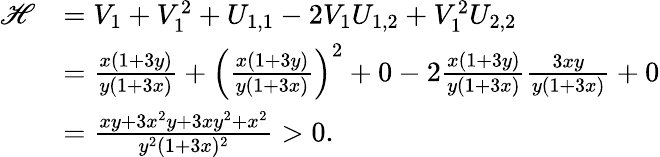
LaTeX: \begin{array}{rl}{\mathscr H}&{=V_{1}+V_{1}^{2}+U_{1,1}-2V_{1}U_{1,2}+V_{1}^{2}U_{2,2}}\\ &{=\frac{x(1+3y)}{y(1+3x)}+\left(\frac{x(1+3y)}{y(1+3x)}\right)^{2}+0-2\frac{x(1+3y)}{y(1+3x)}\frac{3xy}{y(1+3x)}+0}\\ &{=\frac{xy+3x^{2}y+3xy^{2}+x^{2}}{y^{2}(1+3x)^{2}}>0.}\end{array}